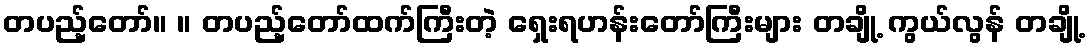
တပည့်တော်။ ။ တပည့်တော်ထက်ကြီးတဲ့ ရှေးရဟန်းတော်ကြီးများ တချို့ ကွယ်လွန် တချို့